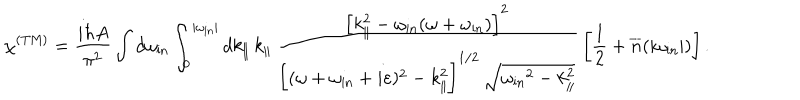
\chi ^ { \mathrm { ( T M ) } } = { \frac { i \hbar A } { \pi ^ { 2 } } } \int d \omega _ { \mathrm { i n } } \int _ { 0 } ^ { | \omega _ { \mathrm { i n } } | } d k _ { \| } \, k _ { \| } \, \frac { \left[ k _ { \| } ^ { 2 } - \omega _ { \mathrm { i n } } ( \omega + \omega _ { \mathrm { i n } } ) \right] ^ { 2 } } { \biggl [ ( \omega + \omega _ { \mathrm { i n } } + i \varepsilon ) ^ { 2 } - k _ { \| } ^ { 2 } \biggr ] ^ { 1 / 2 } \, \sqrt { { \omega _ { \mathrm { i n } } } ^ { 2 } - k _ { \| } ^ { 2 } } } \, \left[ { \frac { 1 } { 2 } } + { \overline { { n } } } ( | \omega _ { \mathrm { i n } } | ) \right] .